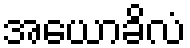
အယောခိလံ